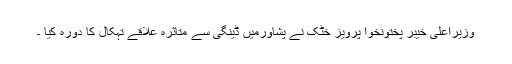
وزیراعلیٰ خیبر پختونخوا پرویز خٹک نے پشاورمیں ڈینگی سے متاثرہ علاقے تہکال کا دورہ کیا ۔